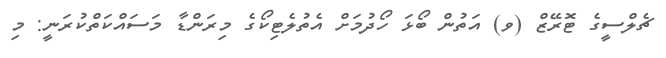
ޗެލްސީގެ ޓޮރޭޒް (ވ) އަތުން ބޯޅަ ހޯދުމަށް އެތުލެޓިކޯގެ މިރަންޑާ މަސައްކަތްކުރަނީ: މި